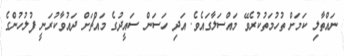
ނައްތާލި ކަމަށް ތުހުމަތުކުރެވޭ މައްސަލާގައެވެ. އަދި ހަސަން ސައީދުގެ މައްޗަށް ދައުވާކުރަނީ ފުލުހުންގެ